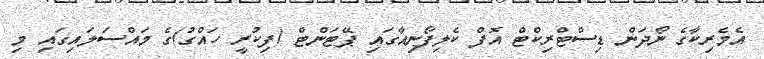
އެމެރިކާގެ ނޯދަން ޑިސްޓްރިކްޓް އޮފް ކެލިފޯނިއާގައި ޕޭޓަންޓް (ފިކުރީ ހައްގު)ގެ މައްސަލައިގައި މި